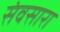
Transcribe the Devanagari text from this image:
संवसारा